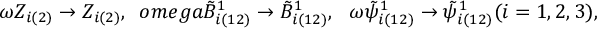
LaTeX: \omega Z _ { i ( 2 ) } \rightarrow Z _ { i ( 2 ) } , \ \, o m e g a \tilde { B } _ { i ( 1 2 ) } ^ { 1 } \rightarrow \tilde { B } _ { i ( 1 2 ) } ^ { 1 } , \ \ \omega \tilde { \psi } _ { i ( 1 2 ) } ^ { 1 } \rightarrow \tilde { \psi } _ { i ( 1 2 ) } ^ { 1 } ( i = 1 , 2 , 3 ) ,